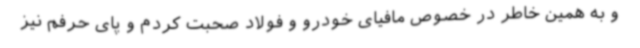
و به همین خاطر در خصوص مافیای خودرو و فولاد صحبت کردم و پای حرفم نیز